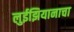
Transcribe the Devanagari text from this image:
लुईझियानाचा